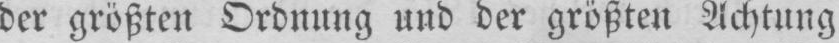
der größten Ordnung und der größten Achtung